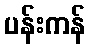
ပန်းကန်